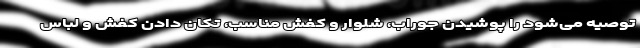
توصیه می‌شود را پوشیدن جوراب، شلوار و کفش مناسب، تکان دادن کفش و لباس